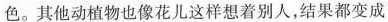
色。其他动植物也像花儿这样想着别人，结果都变成